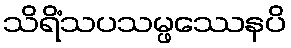
သိရိံသပသမ္ဖဿေနပိ